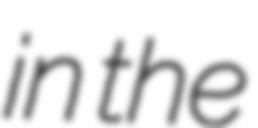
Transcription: in the